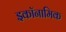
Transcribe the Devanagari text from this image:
इकॉनामिक